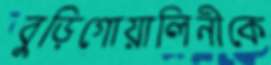
বুড়িগোয়ালিনীকে